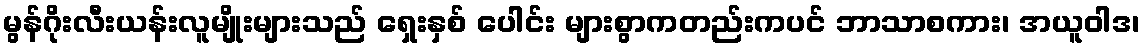
မွန်ဂိုးလီးယန်းလူမျိုးများသည် ရှေးနှစ် ပေါင်း များစွာကတည်းကပင် ဘာသာစကား၊ အယူဝါဒ၊